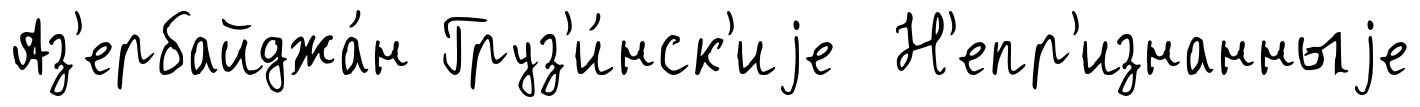
Аз'ербайджа́н Груз'и́нск'иjе Н'епр'изнанныjе